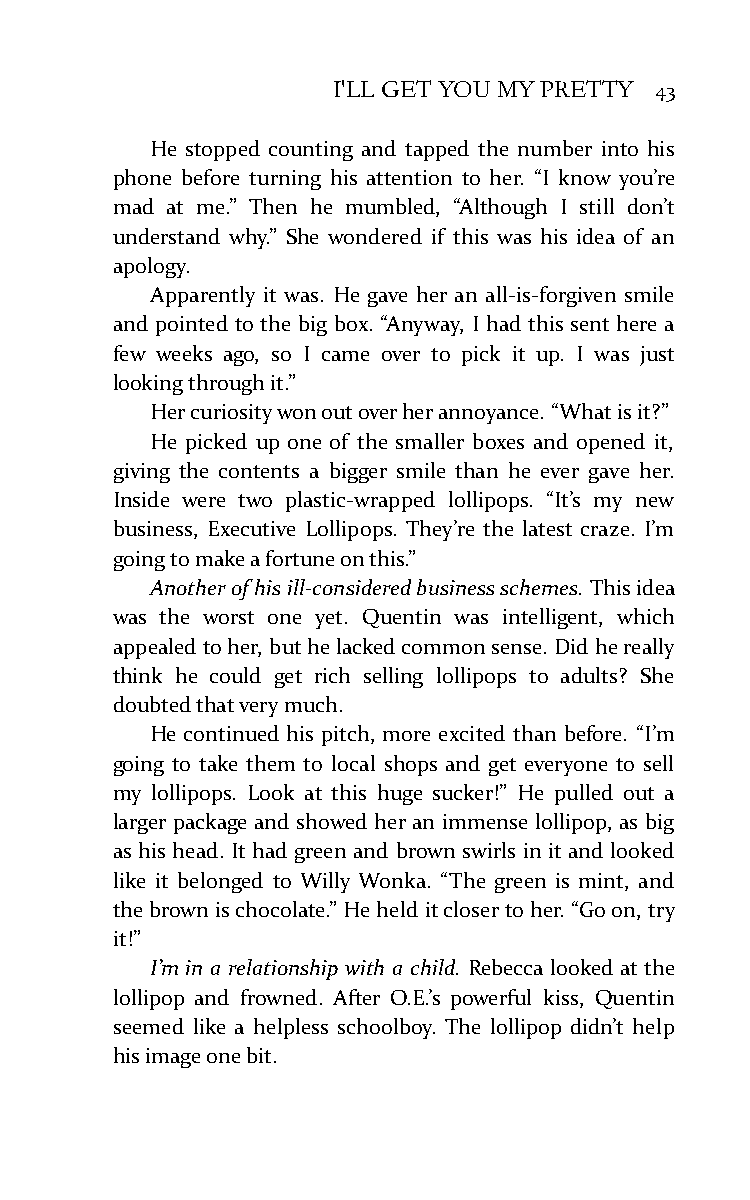
I'LL GET YOU MY PRETTY 43
 He stopped counting and tapped the number into his
 phone before turning his attention to her. “I know you’re
 mad at me.” Then he mumbled, “Although I still don’t
 understand why.” She wondered if this was his idea of an
 apology.
 Apparently it was. He gave her an all-is-forgiven smile
 and pointed to the big box. “Anyway, I had this sent here a
 few weeks ago, so I came over to pick it up. I was just
 looking through it.”
 Her curiosity won out over her annoyance. “What is it?”
 He picked up one of the smaller boxes and opened it,
 giving the contents a bigger smile than he ever gave her.
 Inside were two plastic-wrapped lollipops. “It’s my new
 business, Executive Lollipops. They’re the latest craze. I’m
 going to make a fortune on this.”
 Another of his ill-considered business schemes. This idea
 was the worst one yet. Quentin was intelligent, which
 appealed to her, but he lacked common sense. Did he really
 think he could get rich selling lollipops to adults? She
 doubted that very much.
 He continued his pitch, more excited than before. “I’m
 going to take them to local shops and get everyone to sell
 my lollipops. Look at this huge sucker!” He pulled out a
 larger package and showed her an immense lollipop, as big
 as his head. It had green and brown swirls in it and looked
 like it belonged to Willy Wonka. “The green is mint, and
 the brown is chocolate.” He held it closer to her. “Go on, try
 it!”
 I’m in a relationship with a child. Rebecca looked at the
 lollipop and frowned. After O.E.’s powerful kiss, Quentin
 seemed like a helpless schoolboy. The lollipop didn’t help
 his image one bit.